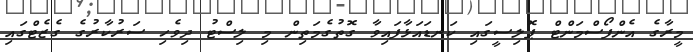
މީރާގެ އެންފޯސްމަންޓް ޕޮލިސީގައި ކަނޑައަޅާފައިވާ ގޮތުގެމަތިން މި ލިސްޓު ދިވެހި ސަރުކާރުގެ ގެޒެޓްގައި